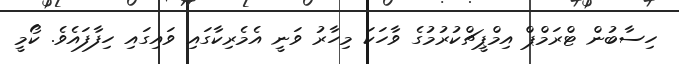
ހިސާބުން ޓްރަމްޕް އިމްޕީޗްކުރުމުގެ ވާހަކަ މިހާރު ވަނީ އެމެރިކާގައި ވައިގައި ހިފާފައެވެ. ކޯމީ